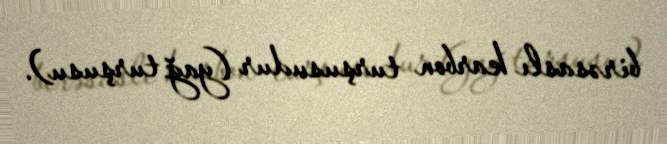
birəsaslı karbon turşusudur (yağ turşusu).